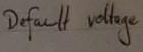
Text: Default voltage